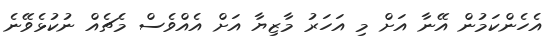
އެހެންކަމުން އޭނާ އަށް މި އަހަރު މާޒިޔާ އަށް އެއްވެސް މެޗެއް ނުކުޅެވޭނެ